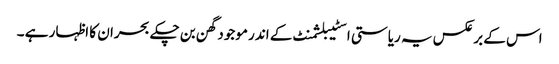
اس کے برعکس یہ ریاستی اسٹیبلشمنٹ کے اندر موجود گھن بن چکے بحران کا اظہار ہے ۔